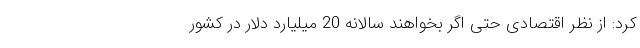
کرد: از نظر اقتصادی حتی اگر بخواهند سالانه 20 میلیارد دلار در کشور